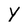
Character: Y